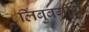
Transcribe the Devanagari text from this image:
लिंबुवर्गीय